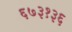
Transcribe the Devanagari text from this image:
६७३१३६